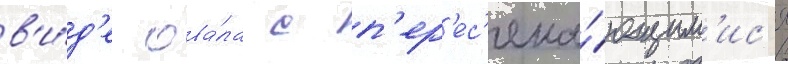
в'и́д'е ова́ла с п'ер'ес'ека́ющим'ис'я